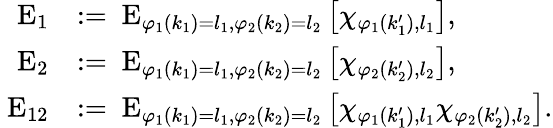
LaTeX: \begin{array}{rl}{\mathrm{\mathbf~E}_{1}}&{:=\mathrm{\mathbf~E}_{\varphi_{1}(k_{1})=l_{1},\varphi_{2}(k_{2})=l_{2}}\left[\chi_{\varphi_{1}(k_{1}^{\prime}),l_{1}}\right],}\\ {\mathrm{\mathbf~E}_{2}}&{:=\mathrm{\mathbf~E}_{\varphi_{1}(k_{1})=l_{1},\varphi_{2}(k_{2})=l_{2}}\left[\chi_{\varphi_{2}(k_{2}^{\prime}),l_{2}}\right],}\\ {\mathrm{\mathbf~E}_{12}}&{:=\mathrm{\mathbf~E}_{\varphi_{1}(k_{1})=l_{1},\varphi_{2}(k_{2})=l_{2}}\left[\chi_{\varphi_{1}(k_{1}^{\prime}),l_{1}}\chi_{\varphi_{2}(k_{2}^{\prime}),l_{2}}\right].}\end{array}